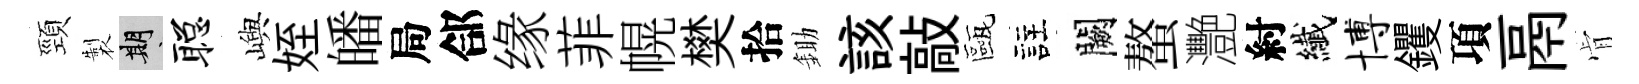
頸製期聪嶼姪皤局郃缘菲幌樊拾鋤該敲甌註闕螯灧紂纎博钁項鬲肻